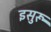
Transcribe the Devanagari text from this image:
इसुरू